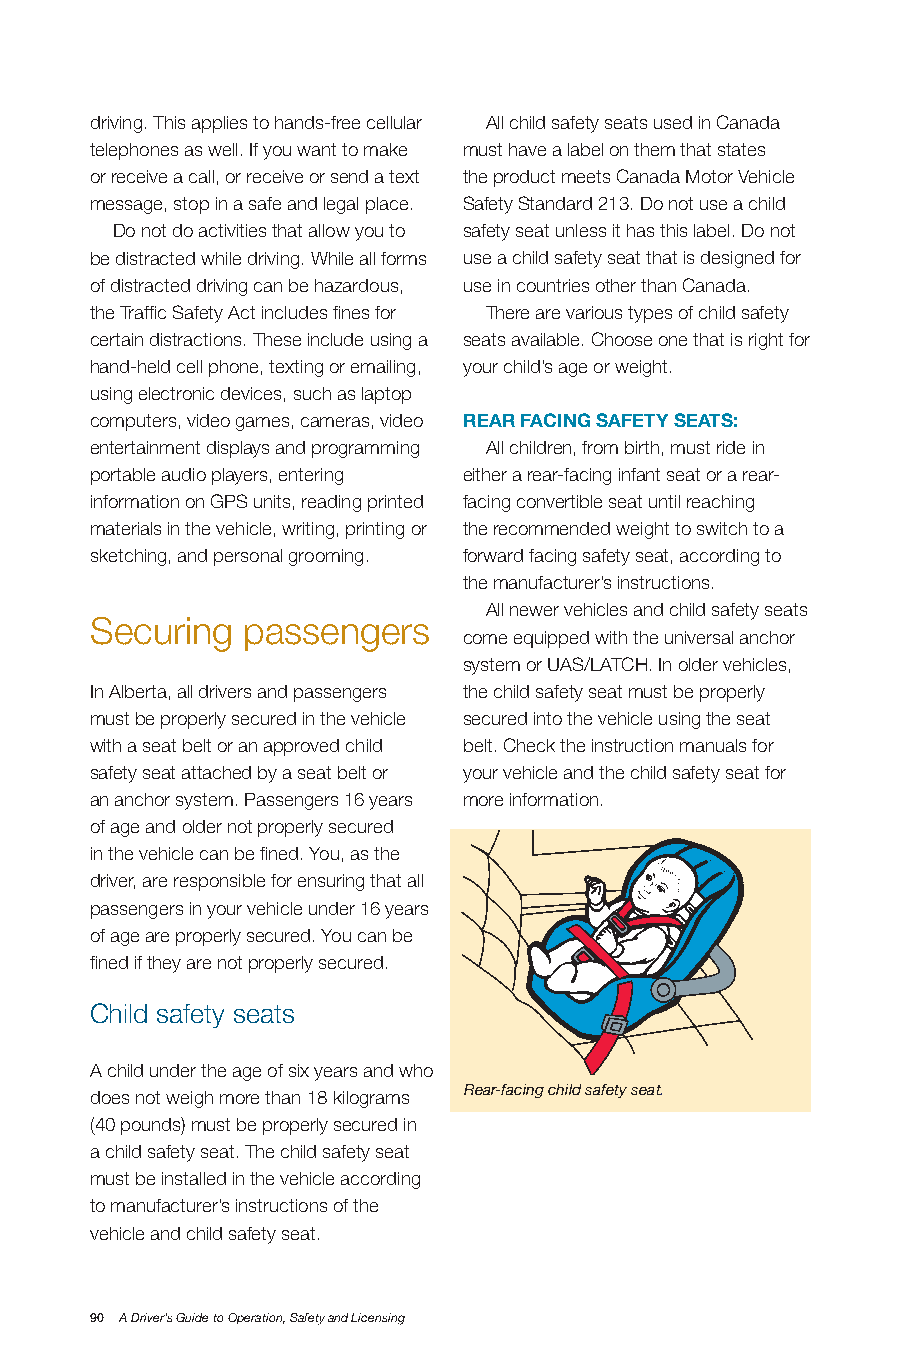
driving. This applies to hands-free cellular All child safety seats used in Canada
 telephones as well. If you want to make must have a label on them that states
 or receive a call, or receive or send a text the product meets Canada Motor Vehicle
 message, stop in a safe and legal place. Safety Standard 213. Do not use a child
 Do not do activities that allow you to safety seat unless it has this label. Do not
 be distracted while driving. While all forms use a child safety seat that is designed for
 of distracted driving can be hazardous, use in countries other than Canada.
 the Traffic Safety Act includes fines for There are various types of child safety
 certain distractions. These include using a seats available. Choose one that is right for
 hand-held cell phone, texting or emailing, your child’s age or weight.
 using electronic devices, such as laptop
 computers, video games, cameras, video REAR fACInG SAfETy SEATS:
 entertainment displays and programming All children, from birth, must ride in
 portable audio players, entering either a rear-facing infant seat or a rear-
 information on GPS units, reading printed facing convertible seat until reaching
 materials in the vehicle, writing, printing or the recommended weight to switch to a
 sketching, and personal grooming. forward facing safety seat, according to
 the manufacturer’s instructions.
 All newer vehicles and child safety seats
 Securing  passengers
 come equipped with the universal anchor
 system or UAS/LATCH. In older vehicles,
 In Alberta, all drivers and passengers the child safety seat must be properly
 must be properly secured in the vehicle secured into the vehicle using the seat
 with a seat belt or an approved child belt. Check the instruction manuals for
 safety seat attached by a seat belt or your vehicle and the child safety seat for
 an anchor system. Passengers 16 years more information.
 of age and older not properly secured
 in the vehicle can be fined. You, as the
 driver, are responsible for ensuring that all
 passengers in your vehicle under 16 years
 of age are properly secured. You can be
 fined if they are not properly secured.
 Child safety seats
 A child under the age of six years and who
 Rear-facing child safety seat.
 does not weigh more than 18 kilograms
 (40 pounds) must be properly secured in
 a child safety seat. The child safety seat
 must be installed in the vehicle according
 to manufacturer’s instructions of the
 vehicle and child safety seat.
 90 A Driver’s Guide to Operation, Safety and Licensing